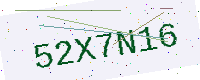
Text: 52X7N16